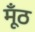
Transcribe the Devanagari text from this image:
मूँठ